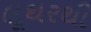
લૂથરથી